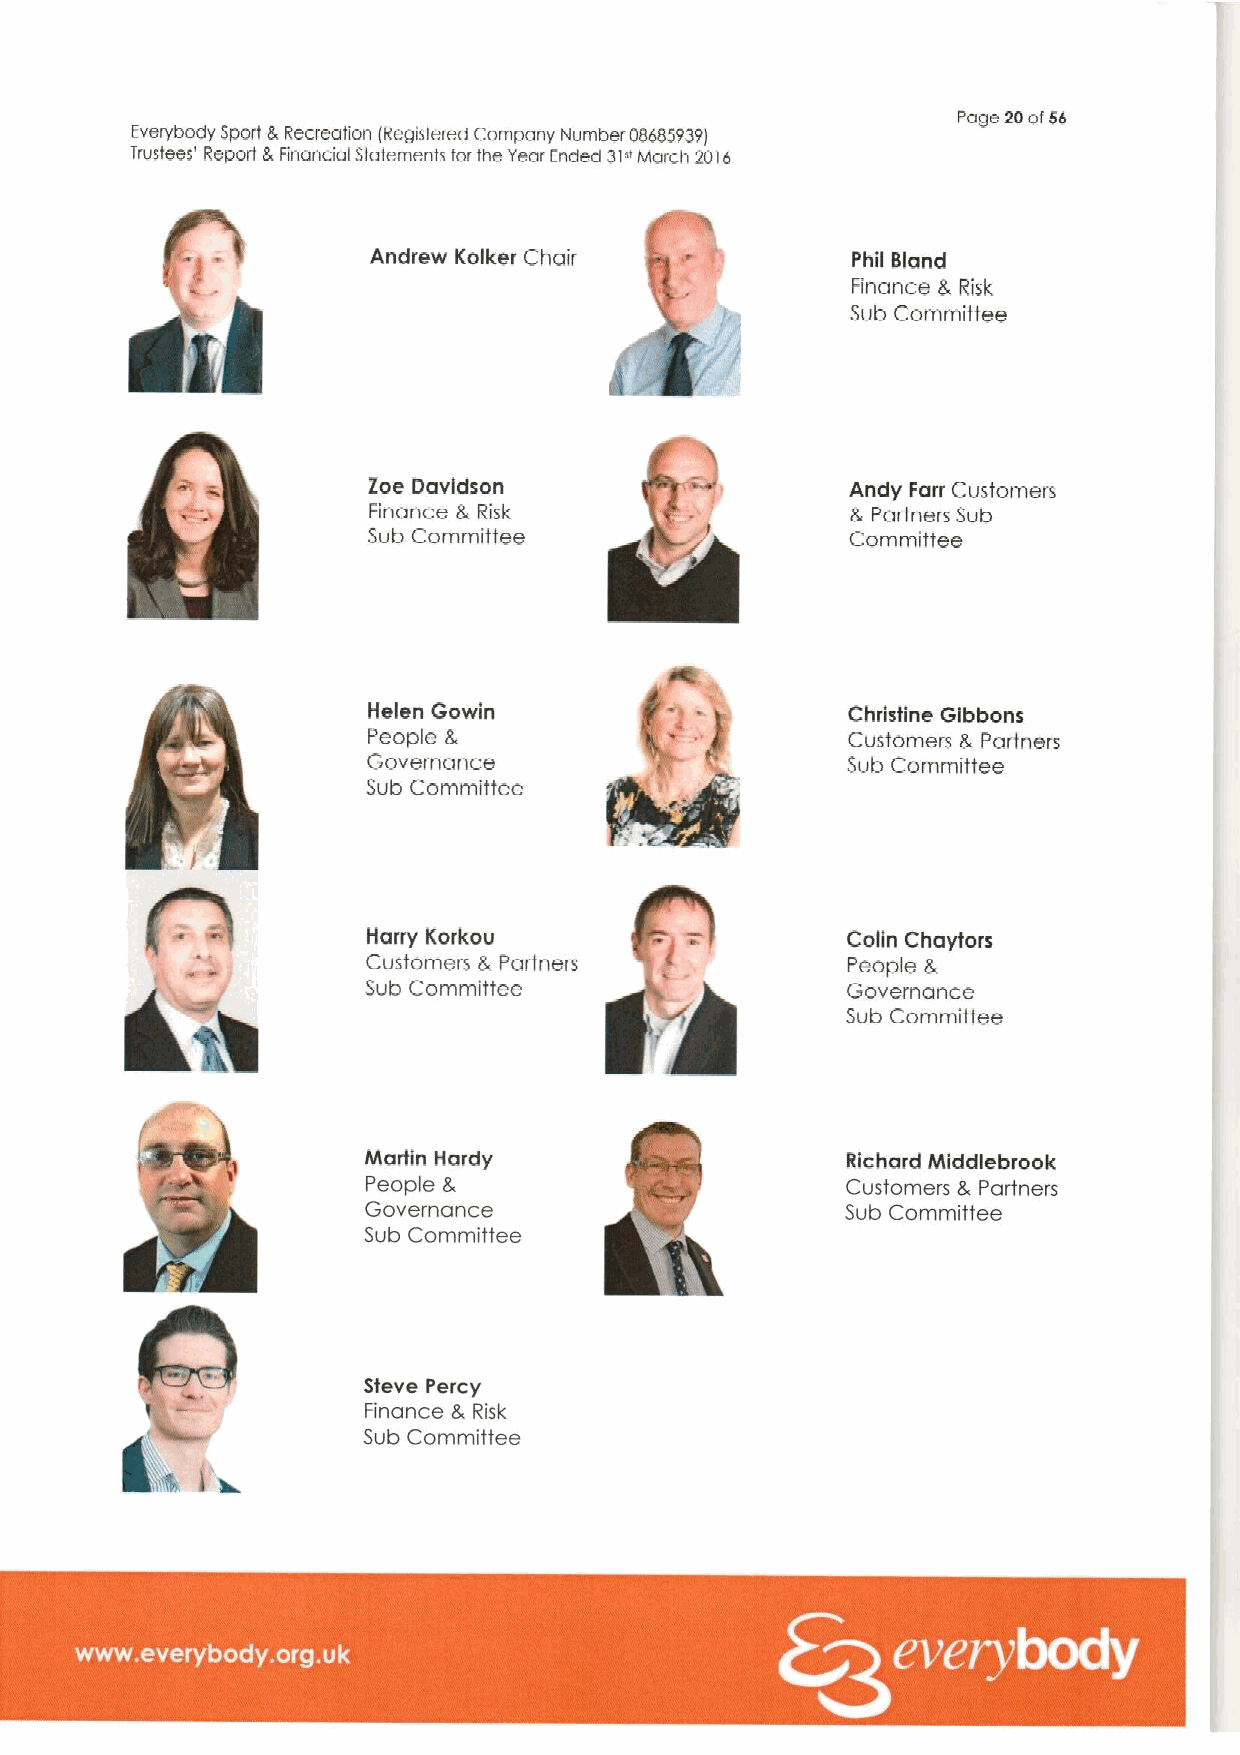
Page 20of56
 Everybody Sport LRecreation lRegisfered Company Number 08686939i
 Trustees' Report LFinancial Statements for the Year Ended 31"March 2016
 Andrew Kolker Chair             Phil Bland
 Finance 8, Risk
 Sub Committee
 Zoe Davidson                    Andy Farr Customers
 Finance & Risk                  & Partners Sub
 Sub Comrnitfee                  Committee
 Helen Gowin                     Christine Gibbons
 People &                        Customers 8, Partners
 Governance                      Sub Committee
 Sub Cornrnittee
 Harry Korkou                    Colin Chaytors
 Customers 8, Partners           People 8,
 Sub Committee                   Governance
 Sub Committee
 Martin Hardy                    Richard Middlebrook
 People &                        Customers &Partners
 Governance                      Sub Committee
 Sub Committee
 Steve Percy
 Finance 8, Risk
 k    8.         Sub Committee
 ~ ~ ~ ~ ~                                             ~ ~ ~